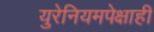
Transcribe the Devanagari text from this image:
युरेनियमपेक्षाही